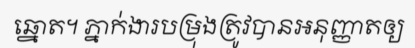
ឆ្នោត។ ភ្នាក់ងារបម្រុងត្រូវបានអនុញ្ញាតឲ្យ